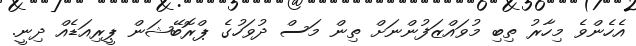
އެހެންވެ މިހާރު ތިބި މުވައްޒަފުންނަށް ތިން މަސް ދުވަހުގެ ޕްރޮބޭޝަން ޕީރިއަޑެއް ދިނީ.